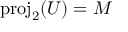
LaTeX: \mathrm { p r o j } _ { 2 } ( U ) = M